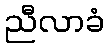
ညီလာခံ